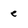
Character: e